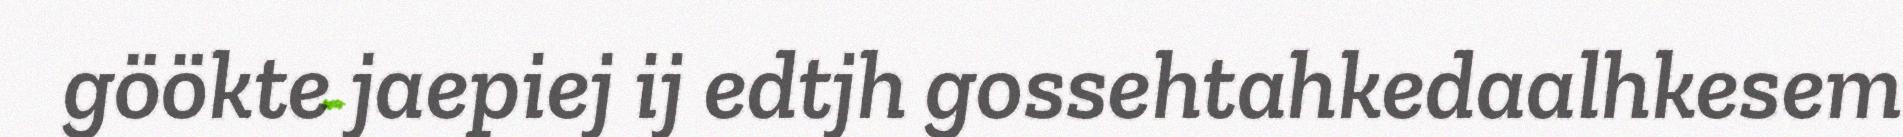
göökte jaepiej ij edtjh gossehtahkedaalhkesem